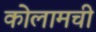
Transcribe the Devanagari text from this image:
कोलामची